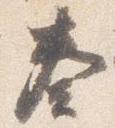
奏